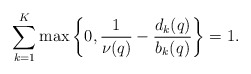
\begin{align*}\sum \limits_{k=1}^K \max \left\{0, \frac{1}{\nu(q)} - \frac{d_k (q)}{b_k (q)} \right\} = 1. \end{align*}